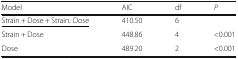
<table><thead><tr><td><b>Model</b></td><td><b>AIC</b></td><td><b>df</b></td><td><b><i>P</i></b></td></tr></thead><tbody><tr><td><underline>Strain + Dose + Strain: Dose</underline></td><td>410.50</td><td>6</td><td></td></tr><tr><td>Strain + Dose</td><td>448.86</td><td>4</td><td>&lt;0.001</td></tr><tr><td>Dose</td><td>489.20</td><td>2</td><td>&lt;0.001</td></tr></tbody></table>